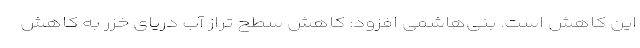
این کاهش است. بنی‌هاشمی افزود: کاهش سطح تراز آب دریای خزر به کاهش